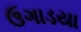
ઉગાડયા